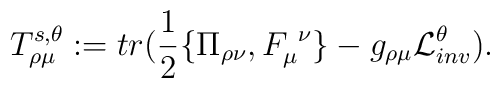
T^{s,\theta}_{\rho\mu} := tr\big({1\over2}\{\Pi_{\rho\nu}, F_\mu^{\ \nu}\}-g_{\rho\mu}{\cal L}^\theta_{inv}\big).